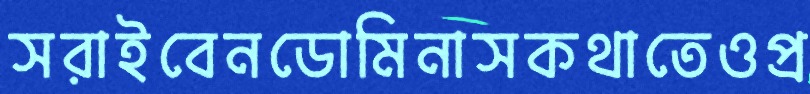
সরাইবেনডোমিনাসকথাতেওপ্র